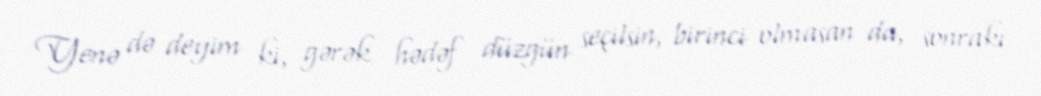
Yenə də deyim ki, gərək hədəf düzgün seçilsin, birinci olmasan da, sonrakı